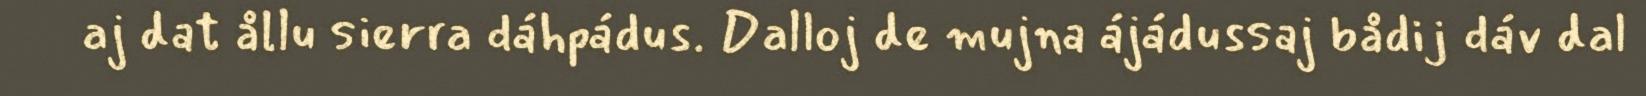
aj dat ållu sierra dáhpádus. Dalloj de mujna ájádussaj bådij dáv dal